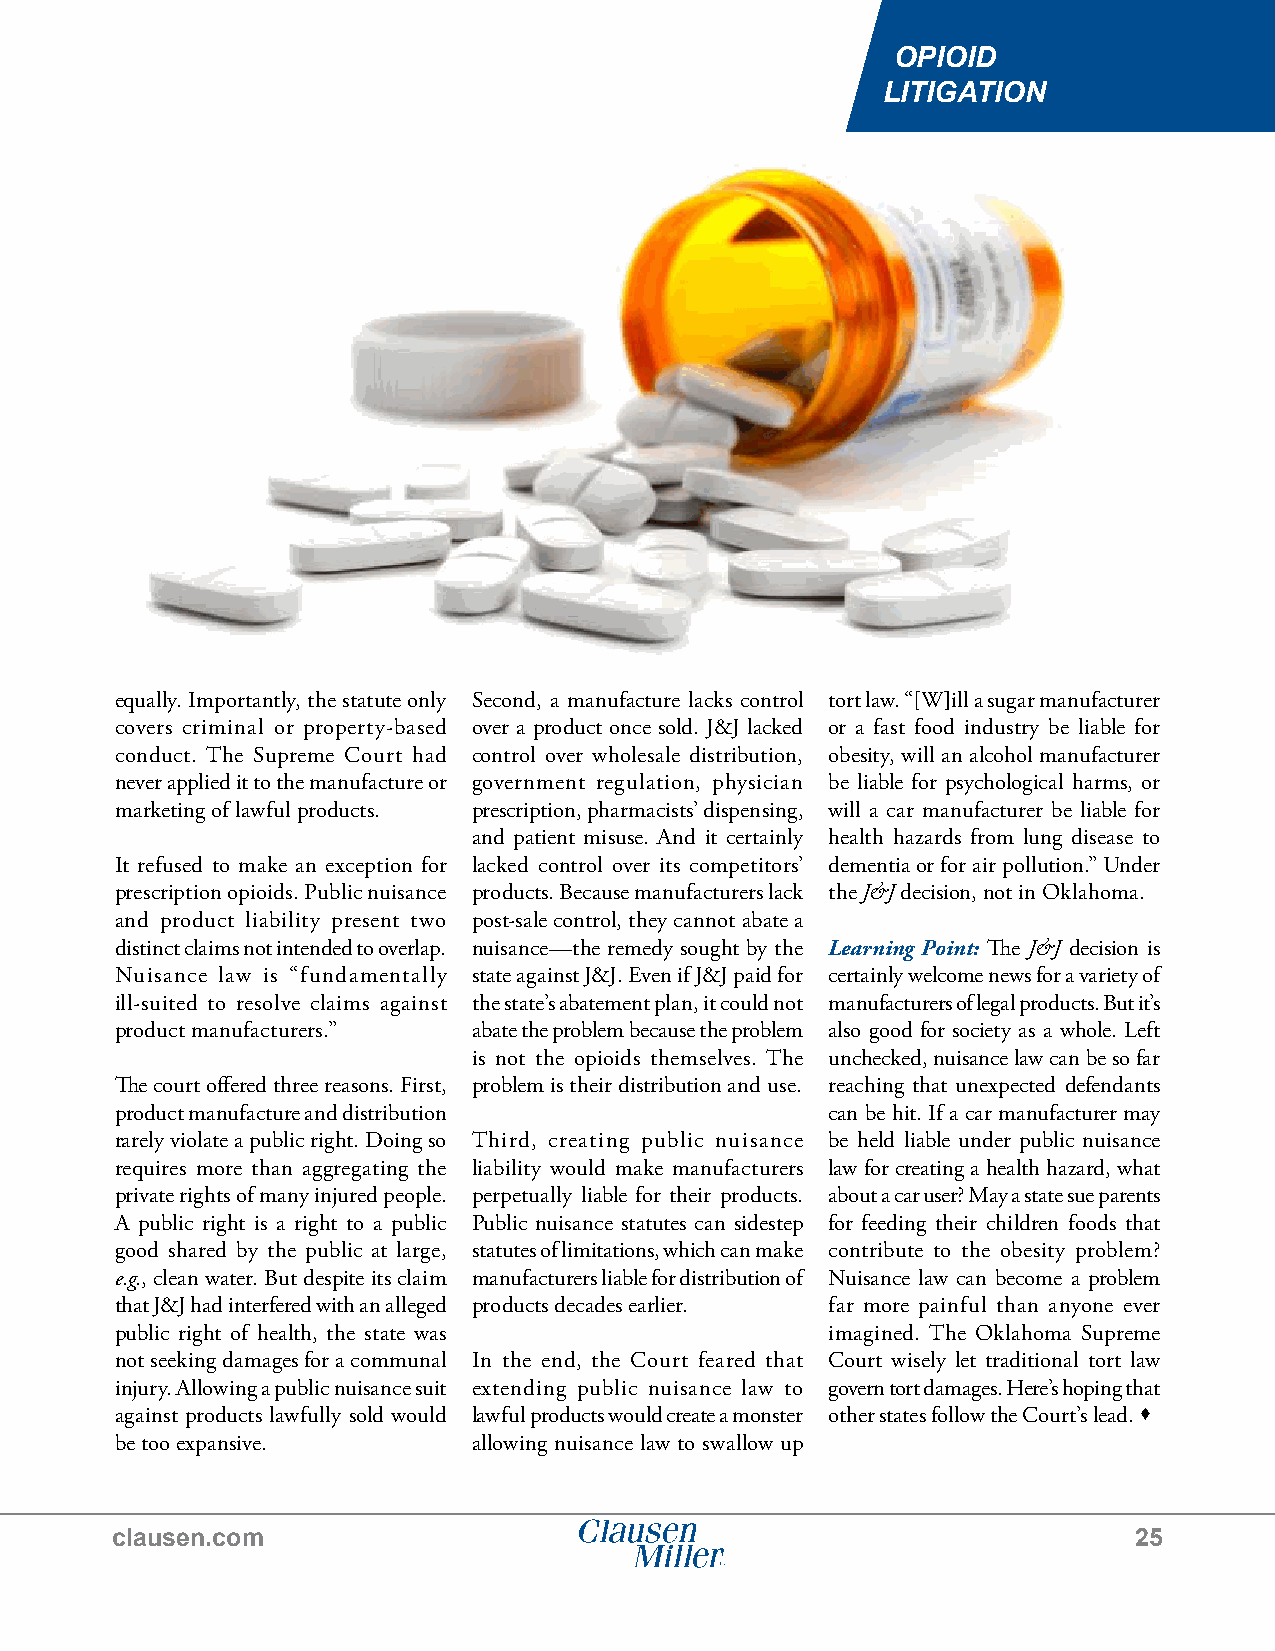
OPIOID
 LITIGATION
 equally. Importantly, the statute only Second, a manufacture lacks control tort law. “[W]ill a sugar manufacturer
 covers criminal or property-based over a product once sold. J&J lacked or a fast food industry be liable for
 conduct. The Supreme Court had control over wholesale distribution, obesity, will an alcohol manufacturer
 never applied it to the manufacture or government regulation, physician be liable for psychological harms, or
 marketing of lawful products. prescription, pharmacists’ dispensing, will a car manufacturer be liable for
 and patient misuse. And it certainly health hazards from lung disease to
 It refused to make an exception for lacked control over its competitors’ dementia or for air pollution.” Under
 prescription opioids. Public nuisance products. Because manufacturers lack the J&J decision, not in Oklahoma.
 and product liability present two post-sale control, they cannot abate a
 distinct claims not intended to overlap. nuisance—the remedy sought by the Learning Point: The J&J decision is
 Nuisance law is “fundamentally state against J&J. Even if J&J paid for certainly welcome news for a variety of
 ill-suited to resolve claims against the state’s abatement plan, it could not manufacturers of legal products. But it’s
 product manufacturers.” abate the problem because the problem also good for society as a whole. Left
 is not the opioids themselves. The unchecked, nuisance law can be so far
 The court offered three reasons. First, problem is their distribution and use. reaching that unexpected defendants
 product manufacture and distribution           can be hit. If a car manufacturer may
 rarely violate a public right. Doing so Third, creating public nuisance be held liable under public nuisance
 requires more than aggregating the liability would make manufacturers law for creating a health hazard, what
 private rights of many injured people. perpetually liable for their products. about a car user? May a state sue parents
 A public right is a right to a public Public nuisance statutes can sidestep for feeding their children foods that
 good shared by the public at large, statutes of limitations, which can make contribute to the obesity problem?
 e.g., clean water. But despite its claim manufacturers liable for distribution of Nuisance law can become a problem
 that J&J had interfered with an alleged products decades earlier. far more painful than anyone ever
 public right of health, the state was          imagined. The Oklahoma Supreme
 not seeking damages for a communal In the end, the Court feared that Court wisely let traditional tort law
 injury. Allowing a public nuisance suit extending public nuisance law to govern tort damages. Here’s hoping that
 against products lawfully sold would lawful products would create a monster other states follow the Court’s lead. 
 be too expansive.      allowing nuisance law to swallow up
 clausen.com                                                         25